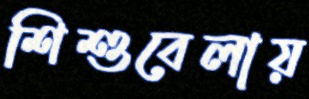
শিশুবেলায়